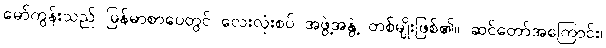
မော်ကွန်းသည် မြန်မာစာပေတွင် လေးလုံးစပ် အဖွဲ့အနွဲ့ တစ်မျိုးဖြစ်၏။ ဆင်တော်အကြောင်း၊